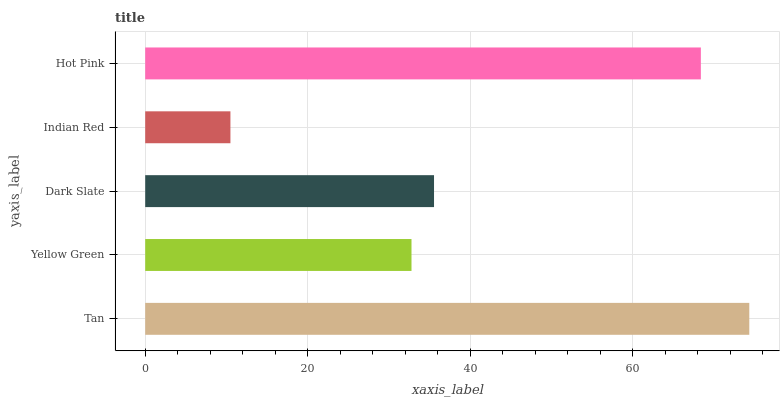
| yaxis_label | bars |
 | --- | --- |
 | Tan | 74.3 |
 | Yellow Green | 32.8 |
 | Dark Slate | 35.5 |
 | Indian Red | 10.5 |
 | Hot Pink | 68.4 |